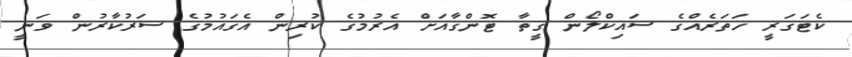
ކެޓަގަރީ ހަތަރެއްގެ ސައިކްލޯން ގީތާ ޓޮންގާއަށް އެރުމުގެ ކުރިން އެގައުމުގެ ސަރުކާރުން ވަނީ